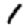
Digit: 1